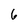
Character: 6